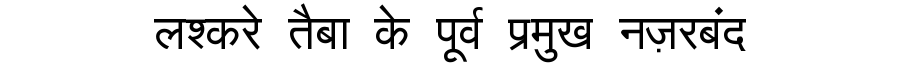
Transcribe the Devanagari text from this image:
लश्करे तैबा के पूर्व प्रमुख नज़रबंद